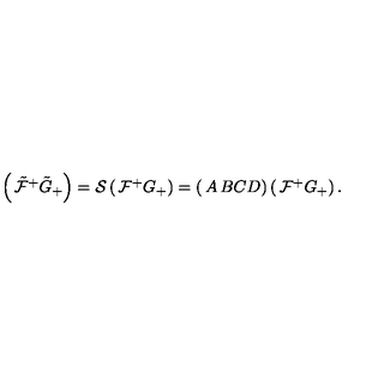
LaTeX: \left( \begin{matrix} { \tilde { \mathcal { F } } ^ { + } } \\ { \tilde { G } _ { + } } \\ \end{matrix} \right) = \mathcal { S } \left( \begin{matrix} { \mathcal { F } ^ { + } } \\ { G _ { + } } \\ \end{matrix} \right) = \left( \begin{matrix} { A } & { B } \\ { C } & { D } \\ \end{matrix} \right) \left( \begin{matrix} { \mathcal { F } ^ { + } } \\ { G _ { + } } \\ \end{matrix} \right) .